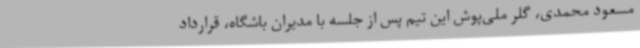
مسعود محمدی، گلر ملی‌پوش این تیم پس از جلسه با مدیران باشگاه، قرارداد